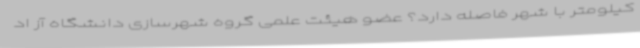
کیلومتر با شهر فاصله دارد؟ عضو هیئت علمی گروه شهرسازی دانشگاه آز اد